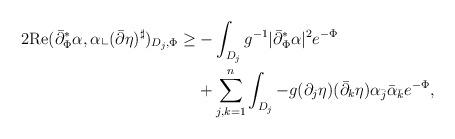
LaTeX: \begin{align*}2\mathrm{Re}(\bar\partial_{\Phi}^*\alpha,\alpha\llcorner(\bar\partial\eta)^{\sharp})_{D_j,\Phi}\geq &-\int_{D_j}g^{-1}|\bar\partial_{\Phi}^*\alpha|^2e^{-\Phi}\\&+\sum_{j,k=1}^n\int_{D_j}-g(\partial_j\eta)(\bar\partial_k\eta)\alpha_{\bar j}\bar\alpha_{\bar k}e^{-\Phi},\end{align*}